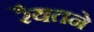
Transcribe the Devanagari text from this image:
रैयतने